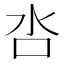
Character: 呇